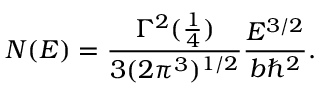
N ( E ) = { \frac { \Gamma ^ { 2 } ( { \frac { 1 } { 4 } } ) } { 3 ( 2 \pi ^ { 3 } ) ^ { 1 / 2 } } } { \frac { E ^ { 3 / 2 } } { b \hbar ^ { 2 } } } .